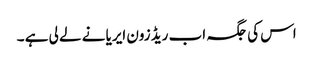
اس کی جگہ اب ریڈ زون ایریا نے لے لی ہے ۔